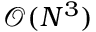
\mathcal { O } ( N ^ { 3 } )